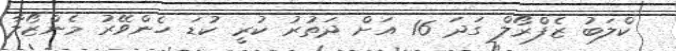
ކްލަބު ޒެފްރޯލް ގަދަ 16 އަށް ދަތުރު ކުރީ ކުޑަ ހެންވޭރު މެންޒޯލާ